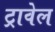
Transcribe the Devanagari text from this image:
ट्रावेल